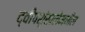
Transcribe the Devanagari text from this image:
द्वीपशृंखलेमधील